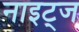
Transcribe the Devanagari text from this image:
नाइट्ज